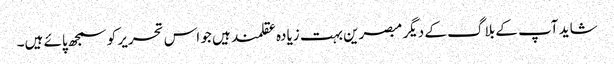
شاید آپ کے بلاگ کے دیگر مبصرین بہت زیادہ عقلمند ہیں جو اس تحریر کو سمجھ پائے ہیں۔